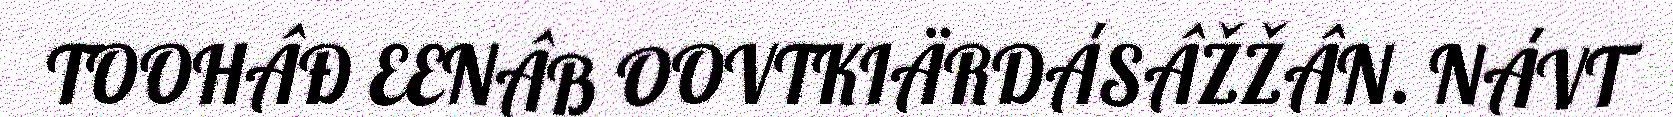
TOOHÂĐ EENÂB OOVTKIÄRDÁSÂŽŽÂN. NÁVT